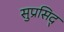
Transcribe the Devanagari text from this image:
सुप्रसिद्